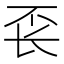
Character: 𰿖